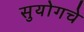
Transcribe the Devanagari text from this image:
सुयोगचे